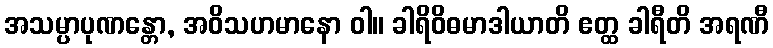
အသမ္ပာပုဏန္တော, အဝိသဟမာနော ဝါ။ ခါရိဝိဓမာဒါယာတိ ဧတ္ထ ခါရီတိ အရဏီ